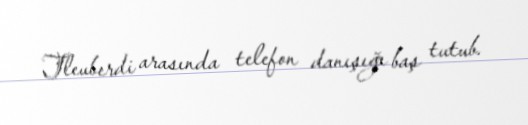
Tleuberdi arasında telefon danışığı baş tutub.